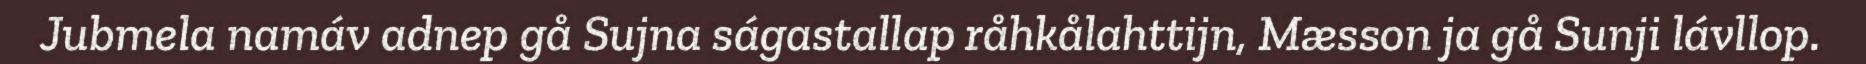
Jubmela namáv adnep gå Sujna ságastallap råhkålahttijn, Mæsson ja gå Sunji lávllop.